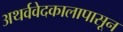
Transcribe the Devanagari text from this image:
अथर्ववेदकालापासून